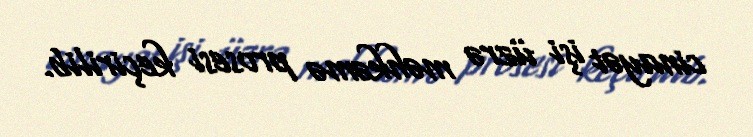
cinayət işi üzrə məhkəmə prosesi keçirilib.